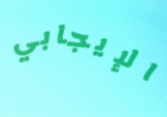
الإيجابي